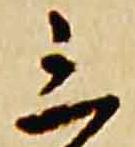
三